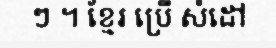
ៗ ។ ខ្មែរ ប្រើ សំដៅ